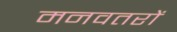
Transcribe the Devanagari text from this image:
मनवतरों